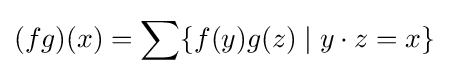
(fg)(x)=\sum \{f(y)g(z)\mid y\cdot z=x\}